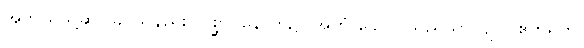
အဘယ်သို့ဆင်ခြင်သနည်း။ ပစ္ဆာ၊ နောက်၌။ အဟံ ခေါ၊ ငါသည်သာလျင်။ ဧတရတိ၊